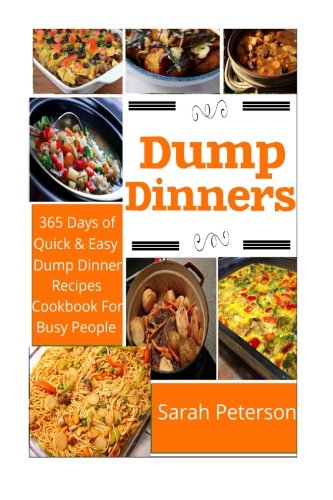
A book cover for Dump Dinners:  365 Days of Quick And Easy Dump Dinners Recipes Cookbook For Busy People; Ashley Peters; Cookbooks, Food & Wine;